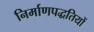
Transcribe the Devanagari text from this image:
निर्माणपद्धतियों